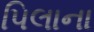
પિલાના